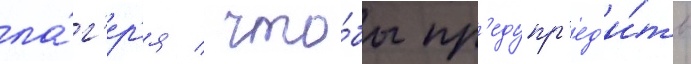
ла́г'ер'я / что́бы пр'едупр'ед'и́ть